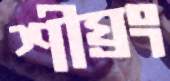
শীঘ্রং